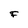
Character: F